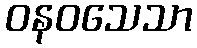
ဝနဝသေသာ